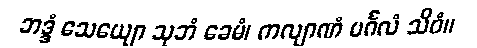
ဘဒ္ဒံ သေယျော သုဘံ ခေမံ၊ ကလျာဏံ မင်္ဂလံ သိဝံ။